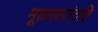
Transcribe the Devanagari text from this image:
मूळरूपांतहि